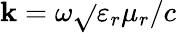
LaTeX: \mathbf{k}=\omega\sqrt{}{{\varepsilon_{r}\mu_{r}}}/c